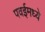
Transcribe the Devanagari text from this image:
पवईमध्ये